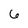
Character: 6